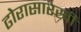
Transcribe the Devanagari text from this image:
ढोरासारखी